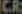
CR